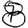
Digit: 8